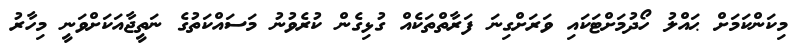
މިކަންކަމަށް ޙައްލު ހޯދުމަށްޓަކައި ވަރަށްގިނަ ފަރާތްތަކެއް ގުޅިގެން ކުރެވުނު މަސައްކަތުގެ ނަތީޖާއަކަށްވަނީ މިހާރު